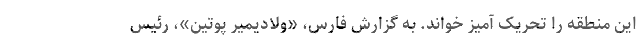
این منطقه را تحریک آمیز خواند. به گزارش فارس، «ولادیمیر پوتین»، رئیس